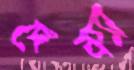
দেক্যা